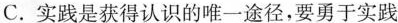
C.实践是获得认识的唯一途径，要勇于实践